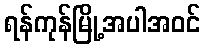
ရန်ကုန်မြို့အပါအဝင်